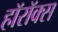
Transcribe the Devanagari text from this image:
हॉरॉक्स